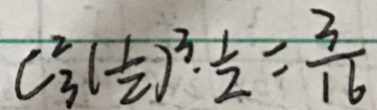
C _ { 3 } ^ { 2 } ( \frac { 1 } { 2 } ) ^ { 3 } \cdot \frac { 1 } { 2 } = \frac { 3 } { 1 6 }